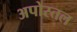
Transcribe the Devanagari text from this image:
अपोस्तल